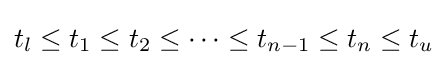
t_{l}\leq t_{1}\leq t_{2}\leq \cdots \leq t_{n-1}\leq t_{n}\leq t_{u}